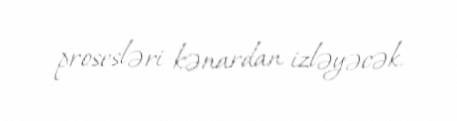
prosesləri kənardan izləyəcək.